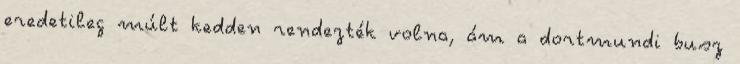
eredetileg múlt kedden rendezték volna, ám a dortmundi busz